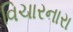
વિચારનારા